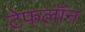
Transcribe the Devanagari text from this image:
टेफलॉन